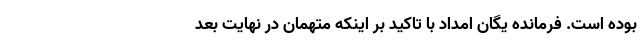
بوده است. فرمانده یگان امداد با تاکید بر اینکه متهمان در نهایت بعد